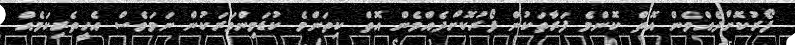
ފޯރުކޮށްދެއްވެން އޮތް ކޮންމެ ފަރާތަކުން ފޯރުކޮށްދެއްވެން އޮތް ކިތަންމެ ކުޑަމިންވަރަކުން ނަމަވެސް އެހީތެރިކަމެއް